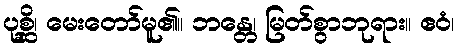
ပုစ္ဆိ၊ မေးတော်မူ၏။ ဘန္တေ၊ မြတ်စွာဘုရား။ ဧဝံ၊